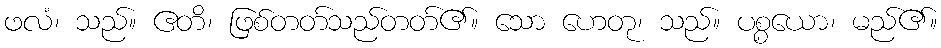
ဖလံ၊ သည်။ ဧတိ၊ ဖြစ်တတ်သည်တတ်၏။ သော ဟေတု၊ သည်။ ပစ္စယော၊ မည်၏။